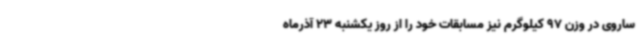
ساروی در وزن 97 کیلوگرم نیز مسابقات خود را از روز یکشنبه 23 آذرماه